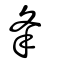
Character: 夆